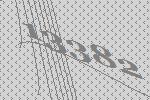
13382